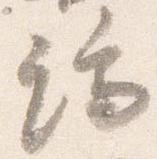
端